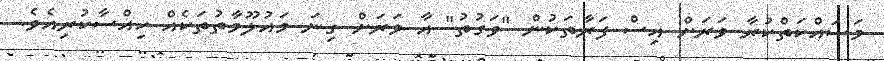
މަސައްކަތްކުރާ ވަރަށް އިސް ފަރާތަކުން "ވަގުތު" އާ ވަރަށް ގިނަ މައުލޫމާތުތަކެއް ހިއްސާކުރިއެވެ.